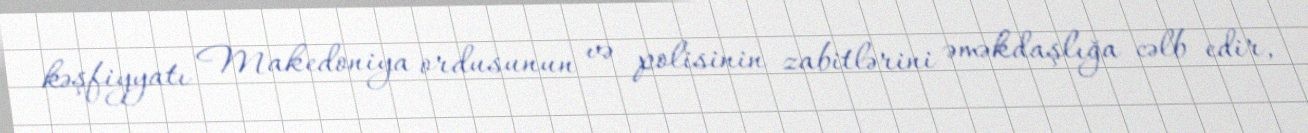
kəşfiyyatı Makedoniya ordusunun və polisinin zabitlərini əməkdaşlığa cəlb edir,